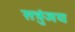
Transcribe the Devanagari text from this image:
सत्रुंजय